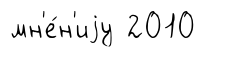
мн'е́н'иjу 2010